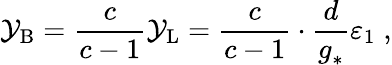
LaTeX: \mathcal{Y}_{\mathrm{{B}}}=\frac{{c}}{{c-1}}\mathcal{Y}_{\mathrm{{L}}}=\frac{{c}}{{c-1}}\cdot\frac{{d}}{{g_{*}^{~}}}\varepsilon_{1}\; ,